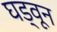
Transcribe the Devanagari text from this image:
घड्वून